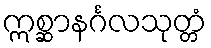
ဣစ္ဆာနင်္ဂလသုတ္တံ